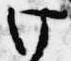
け